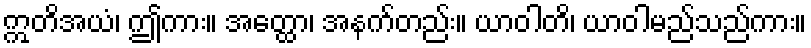
ဣတိအယံ၊ ဤကား။ အတ္ထော၊ အနက်တည်း။ ယာဝါတိ၊ ယာဝါမည်သည်ကား။